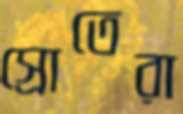
স্রোতেরা